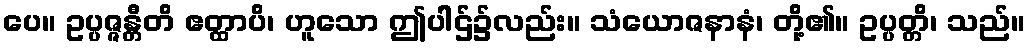
ပေ။ ဥပ္ပဇ္ဇန္တီတိ ဧတ္ထာပိ၊ ဟူသော ဤပါဌ်၌လည်း။ သံယောဇနာနံ၊ တို့၏။ ဥပ္ပတ္တိ၊ သည်။